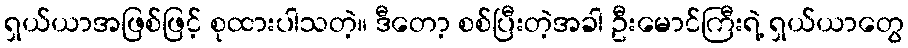
ရှယ်ယာအဖြစ်ဖြင့် စုထားပါသတဲ့။ ဒီတော့ စစ်ပြီးတဲ့အခါ ဦးမောင်ကြီးရဲ့ ရှယ်ယာတွေ